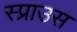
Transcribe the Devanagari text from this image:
स्प्राउस